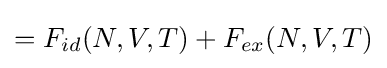
=F_{id}(N,V,T)+F_{ex}(N,V,T)